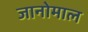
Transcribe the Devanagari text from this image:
जानोमाल